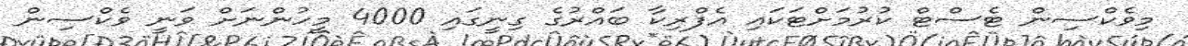
މިވެކްސިން ޓެސްޓް ކުރުމަށްޓަކައި އެފްރިކާ ބައްރުގެ ގިނީގައި 4000 މީހުންނަށް ވަނީ ވެކްސިން